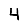
Digit: 4